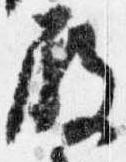
殿